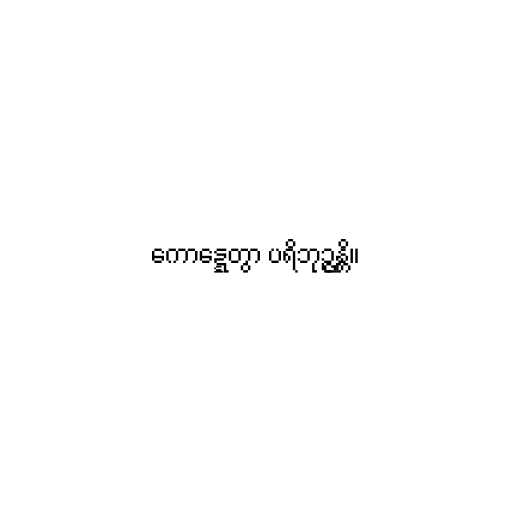
ကောဋ္ဋေတွာ ပရိဘုဉ္ဇန္တိ။